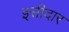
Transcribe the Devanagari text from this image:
इसीदार